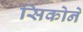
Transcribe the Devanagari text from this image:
सिकोने